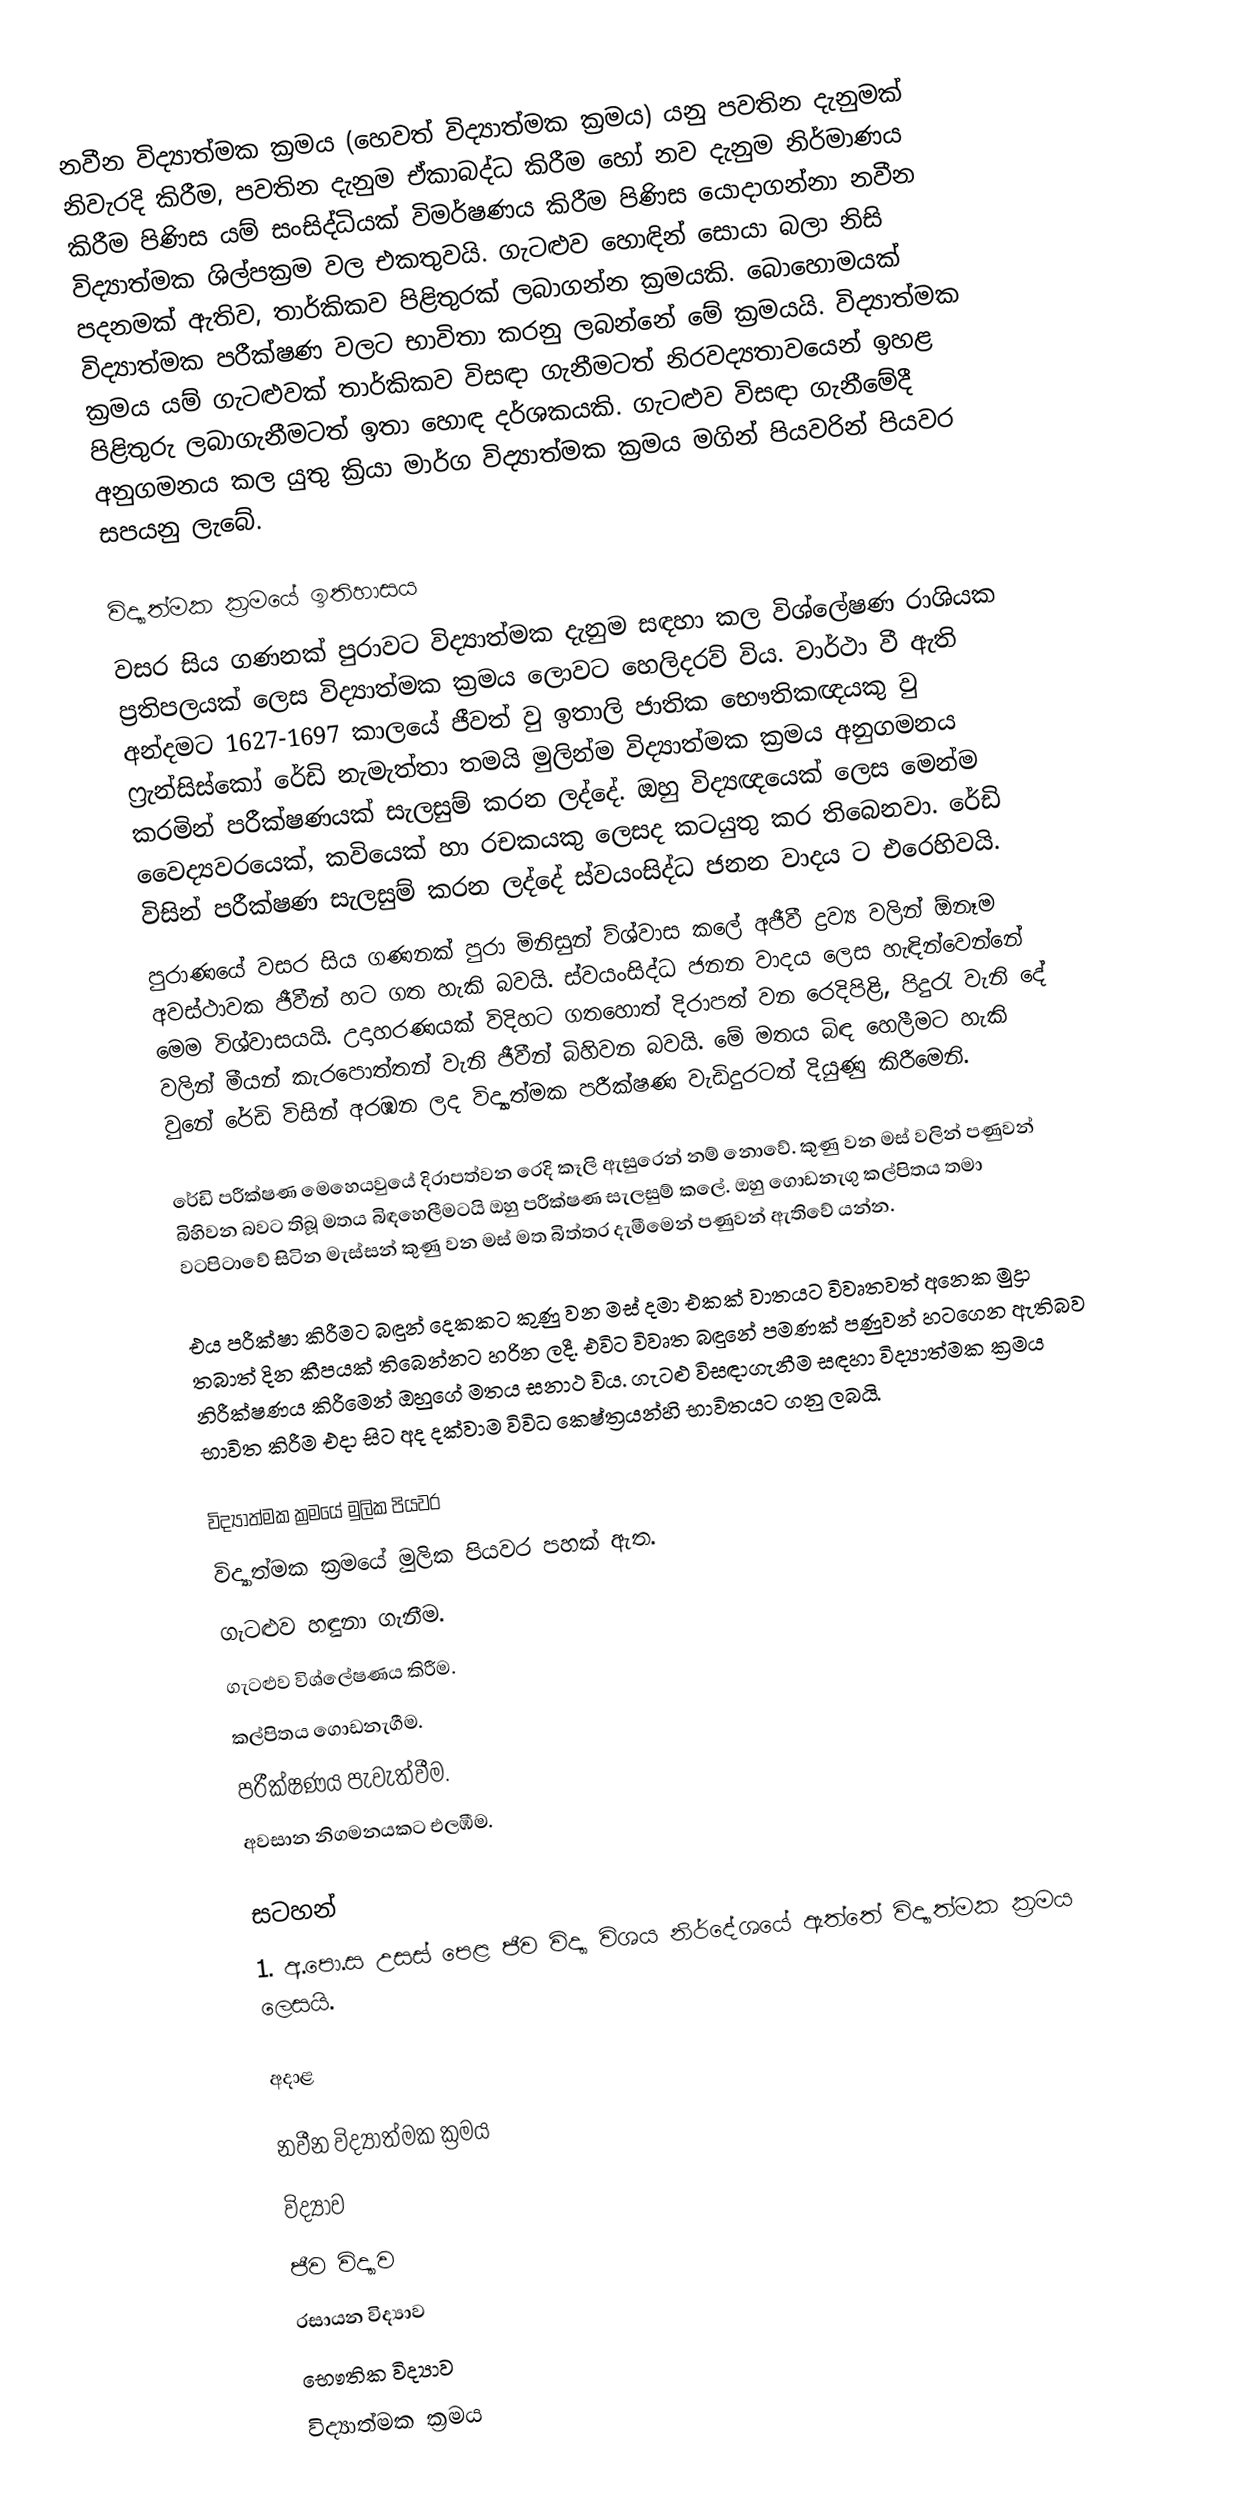
නවීන විද්‍යාත්මක ක්‍රමය (හෙවත් විද්‍යාත්මක ක්‍රමය) යනු පවතින දැනුමක් නිවැරදි කිරීම, පවතින දැනුම ඒකාබද්ධ කිරීම හෝ නව දැනුම නිර්මාණය කිරීම පිණිස යම් සංසිද්ධියක් විමර්ෂණය කිරීම පිණිස යොදාගන්නා නවීන විද්‍යාත්මක ශිල්පක්‍රම වල එකතුවයි. ගැටළුව හොඳින් සොයා බලා නිසි පදනමක් ඇතිව, තාර්කිකව පිළිතුරක් ලබාගන්න ක්‍රමයකි. බොහොමයක් විද්‍යාත්මක පරීක්ෂණ වලට භාවිතා කරනු ලබන්නේ මේ ක්‍රමයයි. විද්‍යාත්මක ක්‍රමය යම් ගැටළුවක් තාර්කිකව විසඳා ගැනීමටත් නිරවද්‍යතාවයෙන් ඉහළ පිළිතුරු ලබාගැනීමටත් ඉතා හොඳ දර්ශකයකි. ගැටළුව විසඳා ගැනීමේදී අනුගමනය කල යුතු ක්‍රියා මාර්ග විද්‍යාත්මක ක්‍රමය මගින් පියවරින් පියවර සපයනු ලැබේ.

විද්‍යාත්මක ක්‍රමයේ ඉතිහාසය
වසර සිය ගණනක් පුරාවට විද්‍යාත්මක දැනුම සඳහා කල විශ්ලේෂණ රාශියක ප්‍රතිපලයක් ලෙස විද්‍යාත්මක ක්‍රමය ලොවට හෙලිදරව් විය. වාර්ථා වී ඇති අන්දමට 1627-1697 කාලයේ ජීවත් වු ඉතාලි ජාතික භෞතිකඥයකු වු ෆ්‍රැන්සිස්කෝ රේඩි නැමැත්තා තමයි මුලින්ම විද්‍යාත්මක ක්‍රමය අනුගමනය කරමින් පරීක්ෂණයක් සැලසුම් කරන ලද්දේ. ඔහු විද්‍යඥයෙක් ලෙස මෙන්ම වෛද්‍යවරයෙක්, කවියෙක් හා රචකයකු ලෙසද කටයුතු කර තිබෙනවා. රේඩි විසින් පරීක්ෂණ සැලසුම් කරන ලද්දේ ස්වයංසිද්ධ ජනන වාදය ට එරෙහිවයි.
පුරාණයේ වසර සිය ගණනක් පුරා මිනිසුන් ව්ශ්වාස කලේ අජීවී ද්‍රව්‍ය වලින් ඕනෑම අවස්ථාවක ජීවීන් හට ගත හැකි බවයි. ස්වයංසිද්ධ ජනන වාදය ලෙස හැඳින්වෙන්නේ මෙම විශ්වාසයයි. උදාහරණයක් විදිහට ගතහොත් දිරාපත් වන රෙදිපිළි, පිදුරැ වැනි දේ වලින් මීයන් කැරපොත්තන් වැනි ජීවීන් බිහිවන බවයි. මේ මතය බිඳ හෙලීමට හැකි වුනේ රේඩි විසින් අරඹන ලද විද්‍යාත්මක පරීක්ෂණ වැඩිදුරටත් දියුණු කිරීමෙනි.

රේඩි පරීක්ෂණ මෙහෙයවුයේ දිරාපත්වන රෙදි කෑලි ඇසුරෙන් නම් නොවේ. කුණු වන මස් වලින් පණුවන් බිහිවන බවට තිබූ මතය බිඳහෙලීමටයි ඔහු පරීක්ෂණ සැලසුම් කලේ. ඔහු ගොඩනැගු කල්පිතය තමා වටපිටාවේ සිටින මැස්සන් කුණු වන මස් මත බිත්තර දැමීමෙන් පණුවන් ඇතිවේ යන්න.

එය පරීක්ෂා කිරීමට බඳුන් දෙකකට කුණු වන මස් දමා එකක් වාතයට විවෘතවත් අනෙක මුද්‍රා තබාත් දින කීපයක් තිබෙන්නට හරින ලදී. එවිට විවෘත බඳුනේ පමණක් පණුවන් හටගෙන ඇතිබව නිරීක්ෂණය කිරීමෙන් ඔහුගේ මතය සනාථ විය. ගැටළු විසඳාගැනීම සඳහා විද්‍යාත්මක ක්‍රමය භාවිත කිරීම එදා සිට අද දක්වාම විවිධ කෙෂ්ත්‍රයන්හි භාවිතයට ගනු ලබයි.

විද්‍යාත්මක ක්‍රමයේ මුලික පියවර
විද්‍යාත්මක ක්‍රමයේ මුලික පියවර පහක් ඇත.
ගැටළුව හඳුනා ගැනීම.
ගැටළුව විශ්ලේෂණය කිරීම.
කල්පිතය ගොඩනැගීම.
පරීක්ෂණය පැවැත්වීම.
අවසාන නිගමනයකට එලඹීම.

සටහන්
1.  අ.පො.ස උසස් පෙළ ජීව විද්‍යා විශය නිර්දේශයේ ඇත්තේ විද්‍යාත්මක ක්‍රමය ලෙසයි.

අදාළ

නවීන විද්‍යාත්මක ක්‍රමය
විද්‍යාව
ජීව විද්‍යාව
රසායන විද්‍යාව
භෞතික විද්‍යාව
විද්‍යාත්මක ක්‍රමය